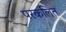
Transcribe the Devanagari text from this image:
परकलित